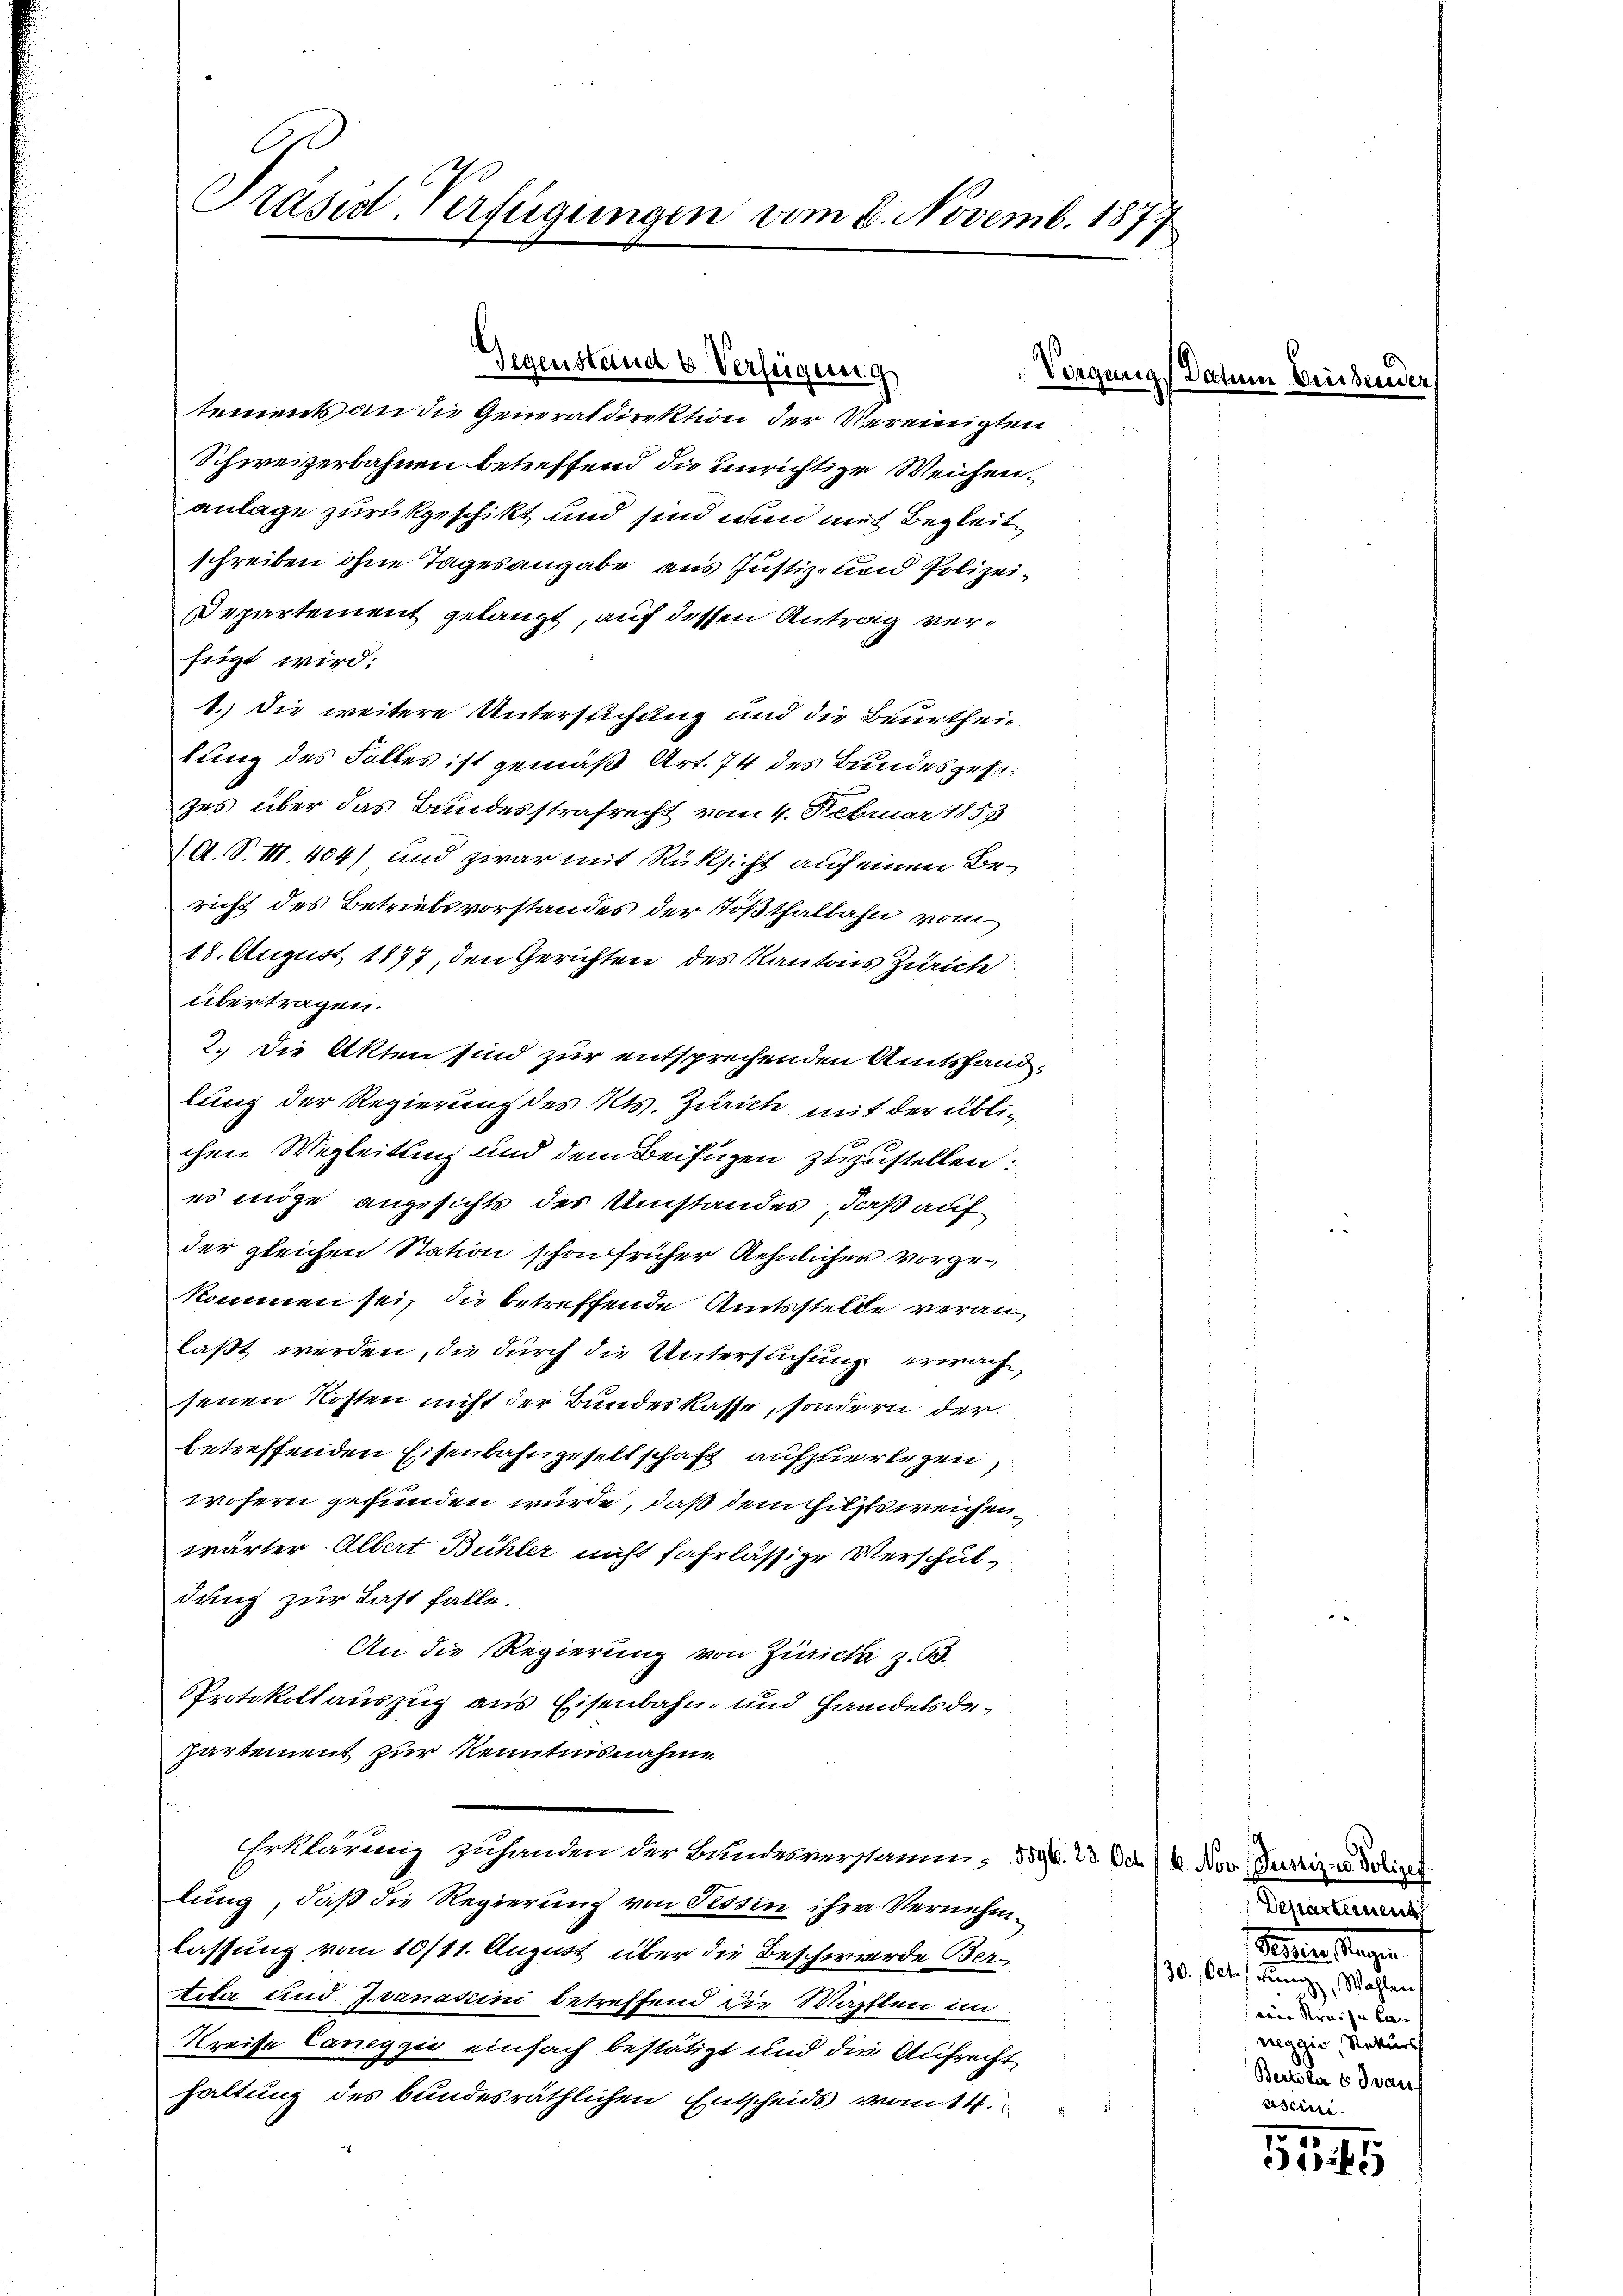
Präsid. Verfügungen am 6. Novemb. 1877

Gegenstand & Verfügung
Vongung

tements an die Generaldirektion der Vereinigten
Schweizerbahnen betreffend die unrichtige Weichenanlage zurückgeschikt und sind nun mit Begleitschreiben ohne Tagesangabe aus Justiz- und Polizei¬
Departement gelangt, auf dessen Antrag verfügt wird:
1.) Die weitere Unterstichung und die Beurtheilung des Falles ist gemäß Art. 74 des Bundesgesezes über das Bundesstrafrecht vom 4. Februar 1853
A. S. III. 404) und zwar mit Rüksicht auf einen Bericht des Betriebsvorstandes der Tößthalbahn vom
18. August 1877, den Gerichten des Kantons Zürich
übertragen.
2. Die Akten sind zur entsprechenden Amtshandlung der Regierung des Kts. Zürich mit der üblichen Wegleitung und dem Beifügen zuzustellen.
es möge angesichts der Umstandes, daß auf
der gleichen Station schon früher Aehnliches vorgekommen sei, die betreffende Amtsstelle veranlaßt werden, die durch die Untersuchung erwache
senen Kosten nicht der Bundeskasse, sondern der
betreffenden Eisenbahngesellschaft aufzuerlegen,
wofern gefunden würde, daß dem Hilfsweichen,
wärter Albert Bühler nicht fahrlässige Verschuldung zur Last falle.
An die Regierung von Zürich z. B.
Protokollauszug aus Eisenbahn- und Handelsdepartement zur Kenntnisnahme
Erklärung zuhanden der Bandesverstamm 559. 23. d. 14. Nov. Gustiz- u. Polizei
lung, daß die Regierung von Tessin ihre Vernehme
lassung vom 10/11. August über die Beschwerde Bertola und Ivanasiini betreffend die Mahlen im
Kreise Caneygić einfach bestätigt und die Aufrecht,
haltung des bundesräthlichen Entscheids von 14.

Datum Preises

Departement
rister Magn.
/30. Oct. Benz, Wahlen
sein Kreise Caneggio, Rekurs
Bertober 6 drauf
aseine

15
5